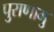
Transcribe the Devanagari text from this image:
पुराणामु